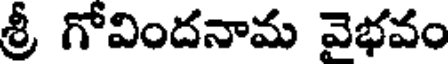
శ్రీ గోవిందనామ వెభవం